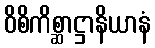
ဝိစိကိစ္ဆာဋ္ဌာနိယာနံ